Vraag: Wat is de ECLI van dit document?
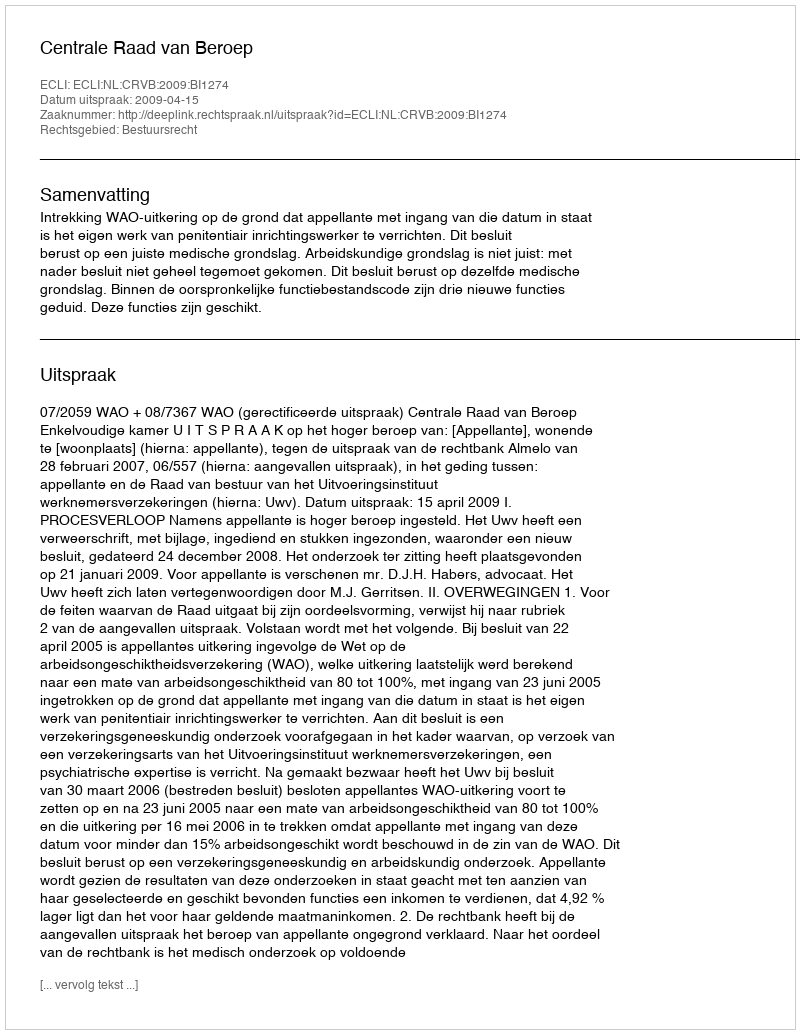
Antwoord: ECLI:NL:CRVB:2009:BI1274